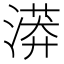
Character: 漭